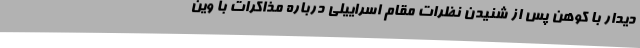
دیدار با کوهن پس از شنیدن نظرات مقام اسراییلی درباره مذاکرات با وین